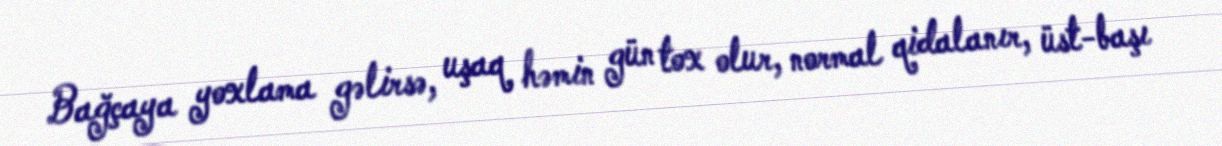
Bağçaya yoxlama gəlirsə, uşaq həmin gün tox olur, normal qidalanır, üst-başı